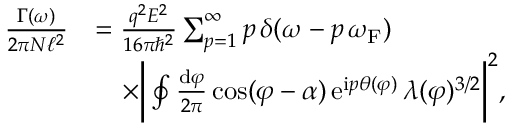
\begin{array} { r l } { \frac { \Gamma ( \omega ) } { 2 \pi N \ell ^ { 2 } } } & { = \frac { q ^ { 2 } E ^ { 2 } } { 1 6 \pi \hbar ^ { 2 } } \sum _ { p = 1 } ^ { \infty } p \, \delta ( \omega - p \, \omega _ { \mathrm { F } } ) } \\ & { \quad \times \bigg | \oint \frac { \mathrm { d } \varphi } { 2 \pi } \cos ( \varphi - \alpha ) \, \mathrm { e } ^ { \mathrm { i } p \theta ( \varphi ) } \, \lambda ( \varphi ) ^ { 3 / 2 } \bigg | ^ { 2 } , } \end{array}